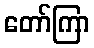
တော်ကြာ